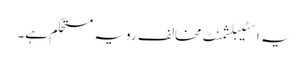
یہ اسٹیبلشمنٹ مخالف رویہ مستحکم ہے۔